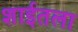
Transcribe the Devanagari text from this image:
शाईतला